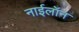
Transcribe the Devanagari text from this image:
नाईलॉन